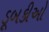
ડૂબકીઓ